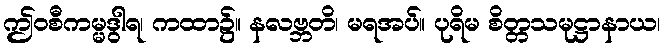
ဤဝစီကမ္မဒွါရ၊ ကထာ၌။ နလဗ္ဘတိ၊ မရအပ်။ ပုရိမ စိတ္တသမုဋ္ဌာနာယ၊